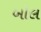
બોલ